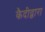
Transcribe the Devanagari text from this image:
कैदीद्वारा